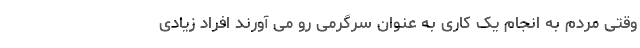
وقتی مردم به انجام یک کاری به عنوان سرگرمی رو می آورند افراد زیادی